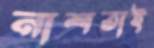
নাশতাই